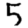
Digit: 5